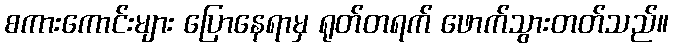
စကားကောင်းများ ပြောနေရာမှ ရုတ်တရက် ဖောက်သွားတတ်သည်။